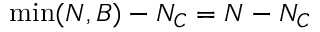
\mathrm { m i n } ( N , B ) - N _ { C } = N - N _ { C }